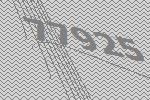
77925